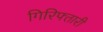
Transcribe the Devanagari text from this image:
गिरिफ्तारी